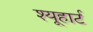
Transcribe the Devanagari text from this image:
श्यूहार्ट